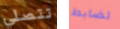
تتصلي لضابط